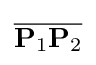
{\overline {\mathbf {P} _{1}\mathbf {P} _{2}}}